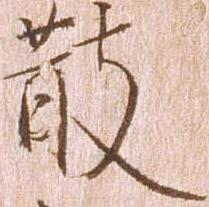
散